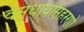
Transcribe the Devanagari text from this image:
वसुधायासहरणो